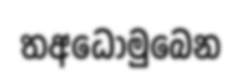
තඅධොමුබෙන